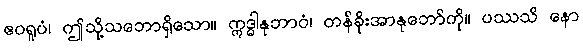
ဧဝရူပံ၊ ဤသို့သဘောရှိသော။ ဣဒ္ဓါနုဘာဝံ၊ တန်ခိုးအာနုဘော်ကို။ ပဿသိ နော